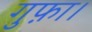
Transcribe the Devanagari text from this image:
गुफ़ा।